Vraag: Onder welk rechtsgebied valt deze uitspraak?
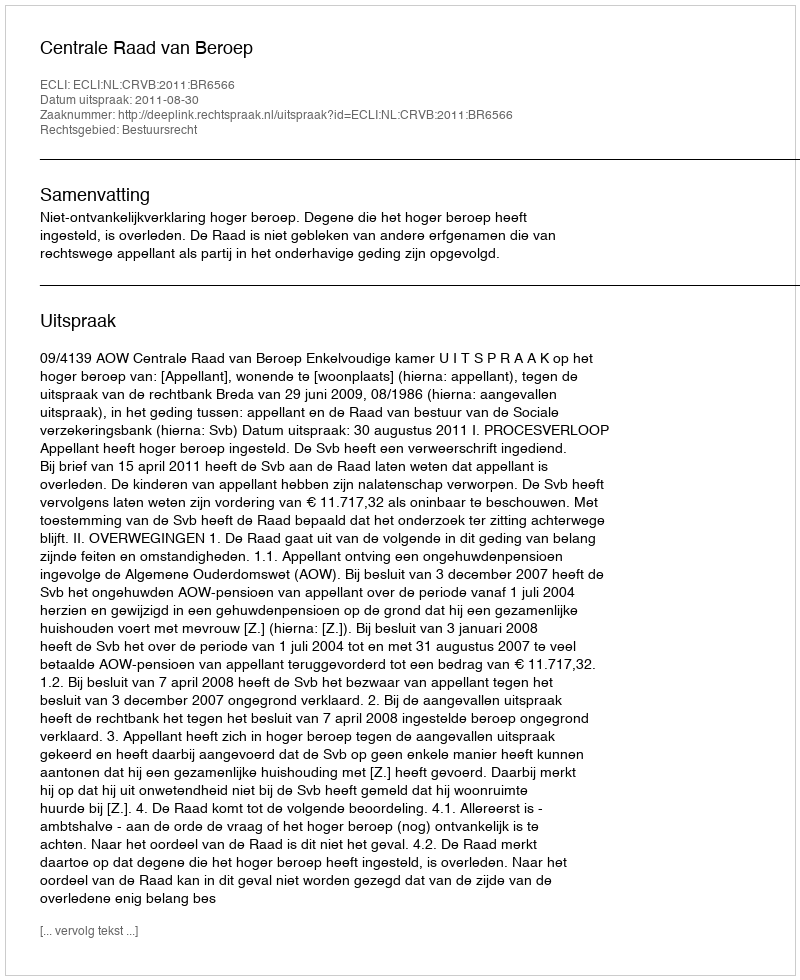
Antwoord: Bestuursrecht